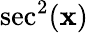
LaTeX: \sec^{2}(\mathbf{x})